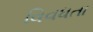
વિવધતા